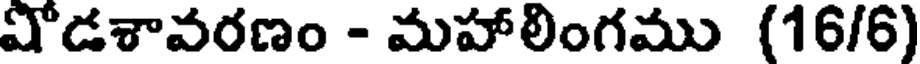
షోడశావరణం - మహాలింగము (16/6)